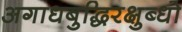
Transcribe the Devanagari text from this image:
अगाधबुद्धिरक्षुब्धो